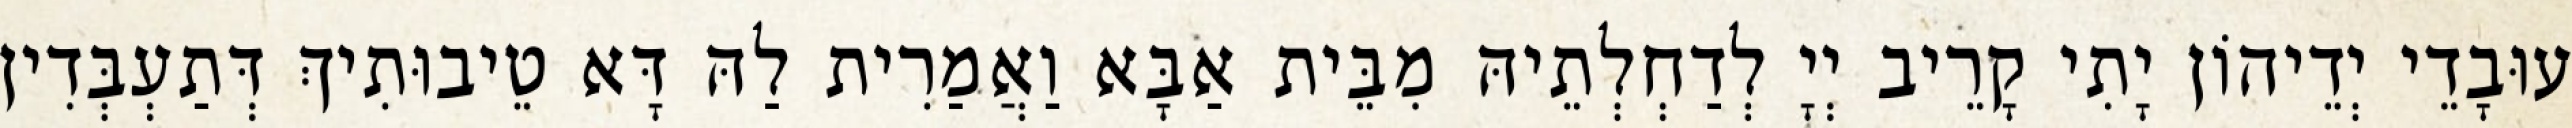
עוּבָדֵי יְדֵיהוֹן יָתִי קָרֵיב יְיָ לְדַחְלְתֵיהּ מִבֵּית אַבָּא וַאֲמַרִית לַהּ דָּא טֵיבוּתִיךְ דְּתַעְבְּדִין